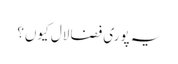
یہ پوری فضا لال کیوں؟